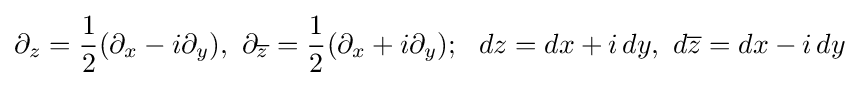
\displaystyle \partial _{z}={1 \over 2}(\partial _{x}-i\partial _{y}),\,\,\partial _{\overline {z}}={1 \over 2}(\partial _{x}+i\partial _{y});\,\,\,\,dz=dx+i\,dy,\,\,d{\overline {z}}=dx-i\,dy